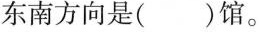
东南方向是()馆。